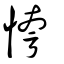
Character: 恗